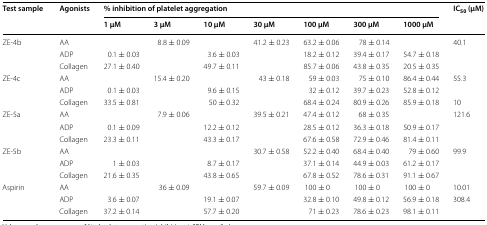
<table><thead><tr><td rowspan="2"><b>Test sample</b></td><td rowspan="2"><b>Agonists</b></td><td colspan="7"><b>% inhibition of platelet aggregation</b></td><td rowspan="2"><b>IC<sub>50</sub> (μM)</b></td></tr><tr><td><b>1 μM</b></td><td><b>3 μM</b></td><td><b>10 μM</b></td><td><b>30 μM</b></td><td><b>100 μM</b></td><td><b>300 μM</b></td><td><b>1000 μM</b></td></tr></thead><tbody><tr><td rowspan="3">ZE-4b</td><td>AA</td><td>[EMPTY_CELL]</td><td>8.8 ± 0.09</td><td>[EMPTY_CELL]</td><td>41.2 ± 0.23</td><td>63.2 ± 0.06</td><td>78 ± 0.14</td><td>[EMPTY_CELL]</td><td>40.1</td></tr><tr><td>ADP</td><td>0.1 ± 0.03</td><td>[EMPTY_CELL]</td><td>3.6 ± 0.03</td><td>[EMPTY_CELL]</td><td>18.2 ± 0.12</td><td>39.4 ± 0.17</td><td>54.7 ± 0.18</td><td>[EMPTY_CELL]</td></tr><tr><td>Collagen</td><td>27.1 ± 0.40</td><td>[EMPTY_CELL]</td><td>49.7 ± 0.11</td><td>[EMPTY_CELL]</td><td>85.7 ± 0.06</td><td>43.8 ± 0.35</td><td>20.5 ± 0.35</td><td>[EMPTY_CELL]</td></tr><tr><td rowspan="3">ZE-4c</td><td>AA</td><td>[EMPTY_CELL]</td><td>15.4 ± 0.20</td><td>[EMPTY_CELL]</td><td>43 ± 0.18</td><td>59 ± 0.03</td><td>75 ± 0.10</td><td>86.4 ± 0.44</td><td>55.3</td></tr><tr><td>ADP</td><td>0.1 ± 0.03</td><td>[EMPTY_CELL]</td><td>9.6 ± 0.15</td><td>[EMPTY_CELL]</td><td>32 ± 0.12</td><td>39.7 ± 0.23</td><td>52.8 ± 0.12</td><td>[EMPTY_CELL]</td></tr><tr><td>Collagen</td><td>33.5 ± 0.81</td><td>[EMPTY_CELL]</td><td>50 ± 0.32</td><td>[EMPTY_CELL]</td><td>68.4 ± 0.24</td><td>80.9 ± 0.26</td><td>85.9 ± 0.18</td><td>10</td></tr><tr><td rowspan="3">ZE-5a</td><td>AA</td><td>[EMPTY_CELL]</td><td>7.9 ± 0.06</td><td>[EMPTY_CELL]</td><td>39.5 ± 0.21</td><td>47.4 ± 0.12</td><td>68 ± 0.35</td><td>[EMPTY_CELL]</td><td>121.6</td></tr><tr><td>ADP</td><td>0.1 ± 0.09</td><td>[EMPTY_CELL]</td><td>12.2 ± 0.12</td><td>[EMPTY_CELL]</td><td>28.5 ± 0.12</td><td>36.3 ± 0.18</td><td>50.9 ± 0.17</td><td>[EMPTY_CELL]</td></tr><tr><td>Collagen</td><td>23.3 ± 0.11</td><td>[EMPTY_CELL]</td><td>43.3 ± 0.17</td><td>[EMPTY_CELL]</td><td>67.6 ± 0.58</td><td>72.9 ± 0.46</td><td>81.4 ± 0.11</td><td>[EMPTY_CELL]</td></tr><tr><td rowspan="3">ZE-5b</td><td>AA</td><td>[EMPTY_CELL]</td><td>[EMPTY_CELL]</td><td>[EMPTY_CELL]</td><td>30.7 ± 0.58</td><td>52.2 ± 0.40</td><td>68.4 ± 0.40</td><td>79 ± 0.60</td><td>99.9</td></tr><tr><td>ADP</td><td>1 ± 0.03</td><td>[EMPTY_CELL]</td><td>8.7 ± 0.17</td><td>[EMPTY_CELL]</td><td>37.1 ± 0.14</td><td>44.9 ± 0.03</td><td>61.2 ± 0.17</td><td>[EMPTY_CELL]</td></tr><tr><td>Collagen</td><td>21.6 ± 0.35</td><td>[EMPTY_CELL]</td><td>43.8 ± 0.65</td><td>[EMPTY_CELL]</td><td>67.8 ± 0.52</td><td>78.6 ± 0.31</td><td>91.1 ± 0.67</td><td>[EMPTY_CELL]</td></tr><tr><td rowspan="3">Aspirin</td><td>AA</td><td>[EMPTY_CELL]</td><td>36 ± 0.09</td><td>[EMPTY_CELL]</td><td>59.7 ± 0.09</td><td>100 ± 0</td><td>100 ± 0</td><td>100 ± 0</td><td>10.01</td></tr><tr><td>ADP</td><td>3.6 ± 0.07</td><td>[EMPTY_CELL]</td><td>19.1 ± 0.07</td><td>[EMPTY_CELL]</td><td>32.8 ± 0.10</td><td>49.8 ± 0.12</td><td>56.9 ± 0.18</td><td>308.4</td></tr><tr><td>Collagen</td><td>37.2 ± 0.14</td><td>[EMPTY_CELL]</td><td>57.7 ± 0.20</td><td>[EMPTY_CELL]</td><td>71 ± 0.23</td><td>78.6 ± 0.23</td><td>98.1 ± 0.11</td><td>[EMPTY_CELL]</td></tr></tbody></table>